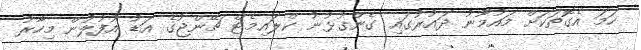
ހަމަ އެގޮތަކަށް މައުމޫނު ދައުރުގައި ގެންގުޅުނު ކްލައިމެޓް ޗޭންޖުގެ އަޑު އުފުލުން މިހާރު